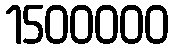
1500000